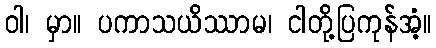
ဝါ၊ မှာ။ ပကာသယိဿာမ၊ ငါတို့ပြကုန်အံ့။